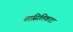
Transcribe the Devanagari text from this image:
बासिलिकाटा